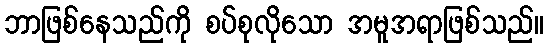
ဘာဖြစ်နေသည်ကို စပ်စုလိုသော အမူအရာဖြစ်သည်။